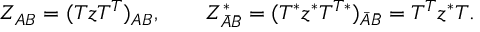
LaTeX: Z _ { A B } = ( T z T ^ { T } ) _ { A B } , \quad \quad Z _ { \bar { A } \bar { B } } ^ { * } = ( T ^ { * } z ^ { * } T ^ { T * } ) _ { \bar { A } \bar { B } } = T ^ { T } z ^ { * } T .